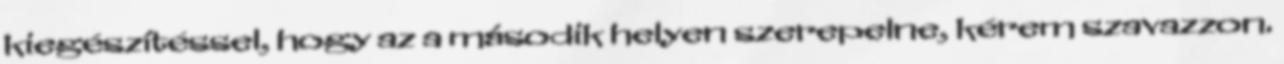
kiegészítéssel, hogy az a második helyen szerepelne, kérem szavazzon.